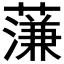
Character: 𮶶